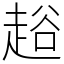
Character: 䞱